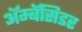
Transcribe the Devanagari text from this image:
ॲम्बॅसिडर